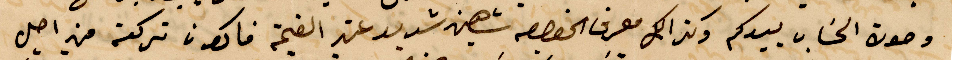
وصوت الحساب بيدكمن وكذلك معرف الخصوص شهين شديد عنهم القيمة فاكون تركته من اصل